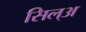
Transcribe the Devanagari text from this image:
सिल्‌अ